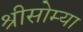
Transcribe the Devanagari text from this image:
श्रीसोम्या